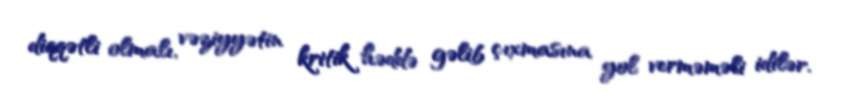
diqqətli olmalı, vəziyyətin kritik həddə gəlib çıxmasına yol verməməli idilər.